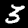
Digit: 3